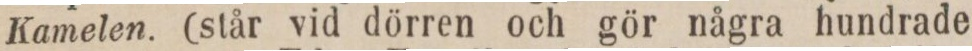
Kamelen. (står vid dörren och gör några hundrade